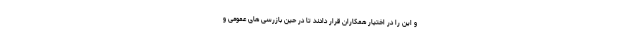
و این را در اختیار همکاران قرار دادند تا در حین بازرسی های عمومی و